Civil Veterinary Department. Central Provinces & Berar 1932-41 - 1932-1941
Year: 1932
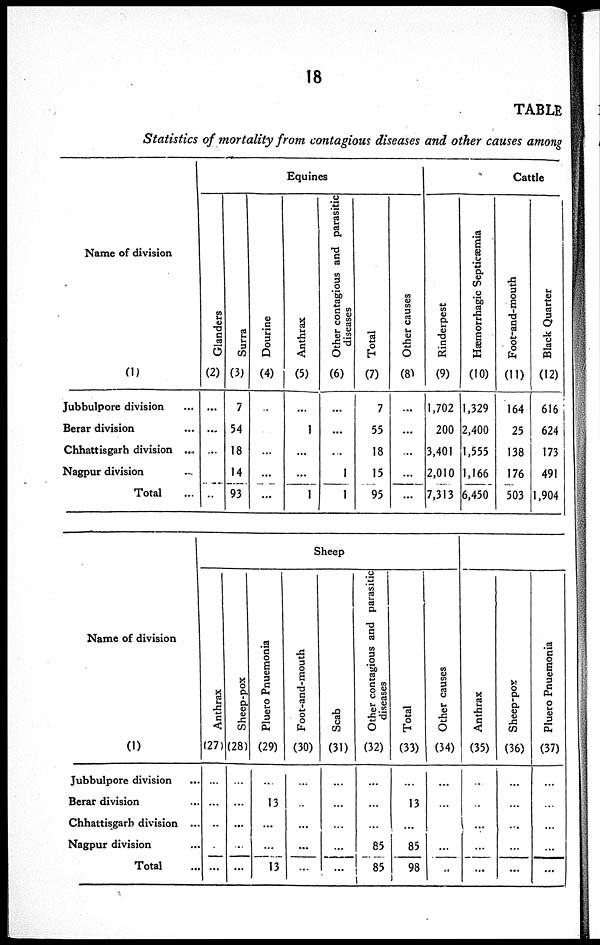
18
TABLE
Statistics of mortality from contagious diseases and other causes among
Name of division
(1)
Jubbulpore division ...
Berar division ...
Chhattisgarh division ...
Nagpur division ...
Total ...
Equines
Glanders
(2)
...
...
...
..
Surra
(3)
7
54
18
14
93
Dourine
(4)
..
...
...
...
Anthrax
(5)
...
1
...
...
1
Other contagious and parasitic
diseases
(6)
...
...
...
1
1
Total
(7)
7
55
18
15
95
Other causes
(8)
...
...
...
...
...
Cattle
Rinderpest
(9)
1,702
200
3,401
2,010
7,313
Hæmorrhagic Septicæmia
(10)
1,329
2,400
1,555
1,166
6,450
Foot-and-mouth
(11)
164
25
138
176
503
Black Quarter
(12)
616
624
173
491
1,904
Name of division
(1)
Jubbulpore division ...
Berar division ...
Chhattisgarh division ...
Nagpur division ...
Total ...
Sheep
Anthrax
(27)
...
...
..
.
...
Sheep-pox
(28)
...
...
...
...
...
Pluero Pnuemonia
(29)
...
13
...
...
13
Foot-and-mouth
(30)
...
..
...
...
...
Scab
(31)
...
...
...
...
...
Other contagious and parasitic
diseases
(32)
...
...
...
85
85
Total
(33)
...
13
...
85
98
Other causes
(34)
...
...
...
..
Anthrax
(35)
..
..
...
...
...
Sheep-pox
(36)
...
...
...
...
...
Pluero Pnuemonia
(37)
...
...
...
...
...